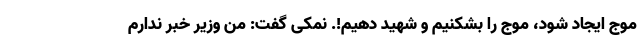
موج ایجاد شود، موج را بشکنیم و شهید دهیم!. نمکی گفت: من وزیر خبر ندارم